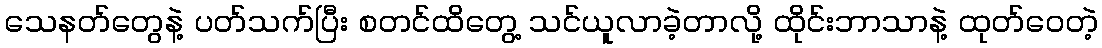
သေနတ်တွေနဲ့ ပတ်သက်ပြီး စတင်ထိတွေ့ သင်ယူလာခဲ့တာလို့ ထိုင်းဘာသာနဲ့ ထုတ်ဝေတဲ့